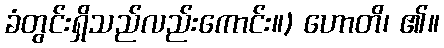
ခံတွင်းရှိသည်လည်းကောင်း။) ဟောတိ၊ ၏။